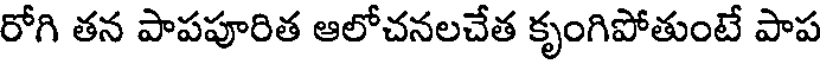
రోగి తన పాపపూరిత ఆలోచనలచేత కృంగిపోతుంటే పాప